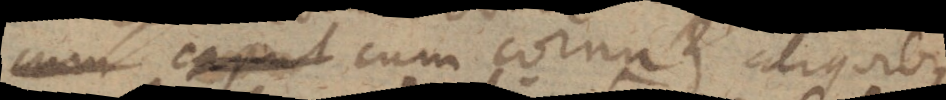
cum caput cum cornu et aliquibus